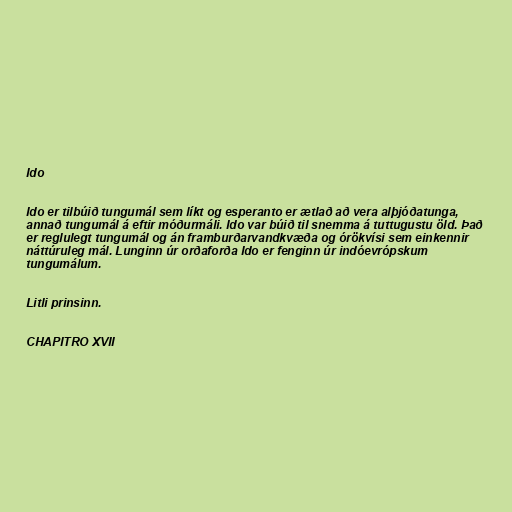
Ido

Ido er tilbúið tungumál sem líkt og esperanto er ætlað að vera alþjóðatunga,
annað tungumál á eftir móðurmáli. Ido var búið til snemma á tuttugustu öld. Það
er reglulegt tungumál og án framburðarvandkvæða og órökvísi sem einkennir
náttúruleg mál. Lunginn úr orðaforða Ido er fenginn úr indóevrópskum
tungumálum.

Litli prinsinn.

CHAPITRO XVII